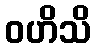
ဝဟိသိ